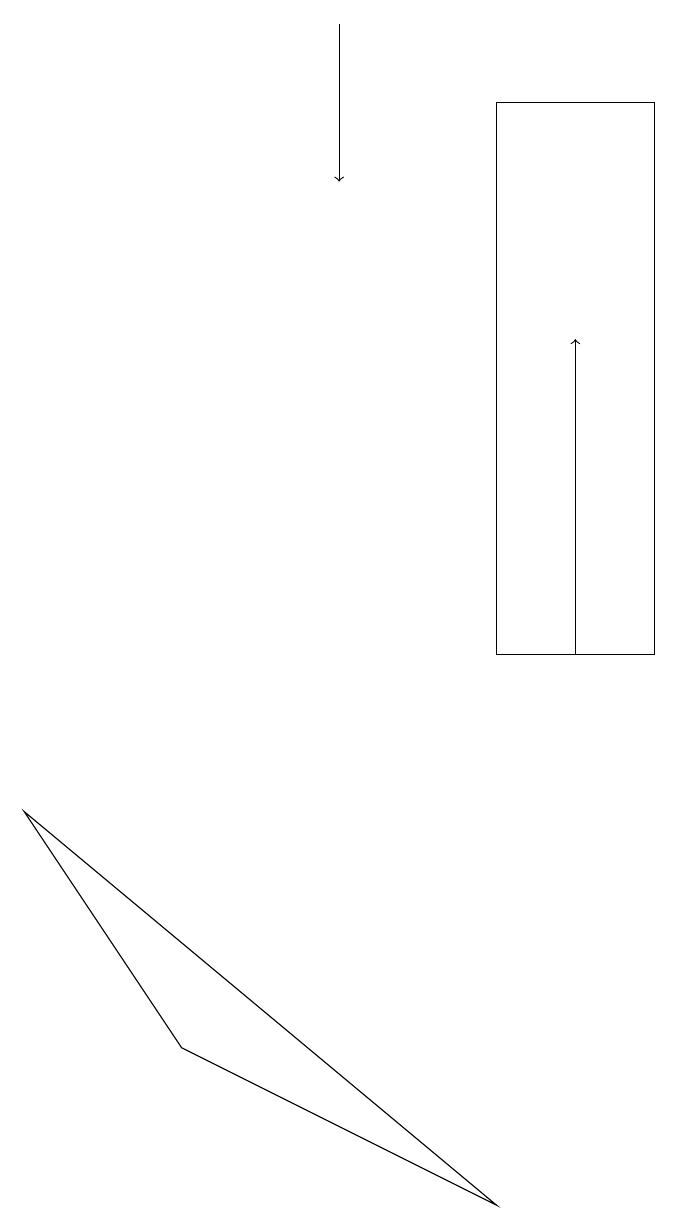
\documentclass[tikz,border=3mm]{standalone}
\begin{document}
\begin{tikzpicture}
\draw[->] (5,18) -- (5,16);
\draw (3,5) -- (1,8) -- (7,3) -- cycle;
\draw (7,17) rectangle (9,10);
\draw[->] (8,10) -- (8,14);
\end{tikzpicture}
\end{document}